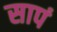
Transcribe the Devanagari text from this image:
सापं